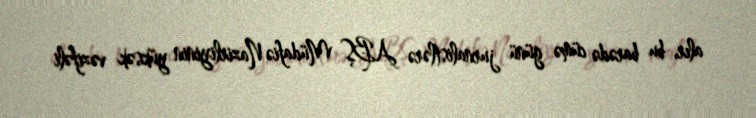
alır, bu barədə cümə günü jurnalistlərə ABŞ Müdafiə Nazirliyinin yüksək vəzifəli